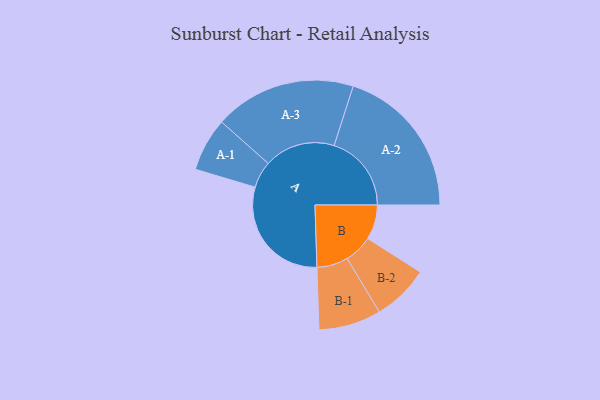
{"axis": {"x": "Segment", "y": "Value"}, "legend": ["", "A", "B"], "data": [{"x": "A", "y": 434, "type": ""}, {"x": "B", "y": 130, "type": ""}, {"x": "A-1", "y": 100, "type": "A"}, {"x": "A-2", "y": 289, "type": "A"}, {"x": "A-3", "y": 265, "type": "A"}, {"x": "B-1", "y": 117, "type": "B"}, {"x": "B-2", "y": 106, "type": "B"}]}